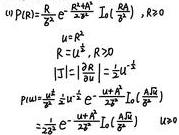
\[
\begin{align*}
(10)\ P(R)&=\frac{E}{2\pi}\frac{e^{-\frac{R^2}{2\alpha^2}}}{E\alpha^2}\left|\mathcal{I}_0\left(\frac{R\alpha}{2}\right)\right|,R\geq0\\
R&=\frac{u^2}{2},\ R\geq0\\
\left|1 - \frac{\partial R}{\partial u}\right|&=\left|u\right|u\\
p(u)&=\frac{E}{2\pi}\frac{u}{E\alpha^2}e^{-\frac{u^4}{8\alpha^2}}\left|\mathcal{I}_0\left(\frac{u^2}{4}\right)\right|\\
&=\frac{1}{2\pi\alpha^2}ue^{-\frac{u^4}{8\alpha^2}}\left|\mathcal{I}_0\left(\frac{u^2}{4}\right)\right|u\geq0
\end{align*}
\]